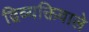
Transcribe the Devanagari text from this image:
द्विव्यक्तिवाले